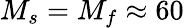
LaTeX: M_{s}=M_{f}\approx 60